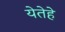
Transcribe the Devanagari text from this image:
येतेहे